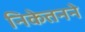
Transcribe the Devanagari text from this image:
निकेतनने